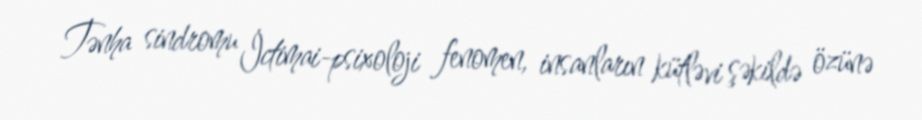
Tənha sindromu İctimai-psixoloji fenomen, insanların kütləvi şəkildə özünə